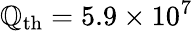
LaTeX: \mathbb{Q}_{\mathrm{{th}}}=5.9\times10^{7}